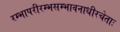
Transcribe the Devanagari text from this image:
रम्भापरीरम्भसम्भावनाधीरचेताः